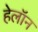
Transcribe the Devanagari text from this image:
हेलॉन